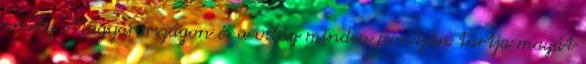
amely Magyarországon és a világ minden pontján tartja magát